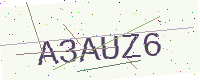
Text: A3AUZ6